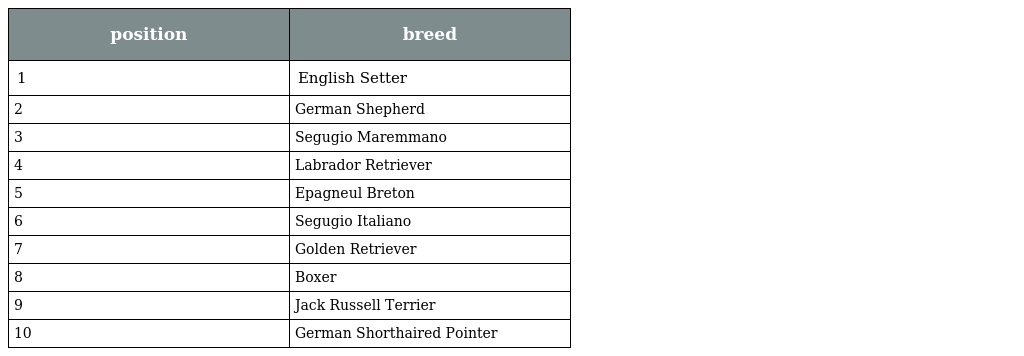
| position | breed |
 | --- | --- |
 | 1 | English Setter |
 | 2 | German Shepherd |
 | 3 | Segugio Maremmano |
 | 4 | Labrador Retriever |
 | 5 | Epagneul Breton |
 | 6 | Segugio Italiano |
 | 7 | Golden Retriever |
 | 8 | Boxer |
 | 9 | Jack Russell Terrier |
 | 10 | German Shorthaired Pointer |